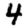
Digit: 4